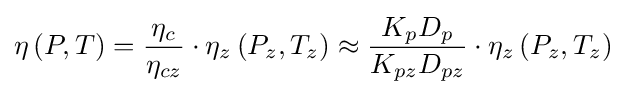
\eta \left(P,T\right)={\frac {\eta _{c}}{\eta _{cz}}}\cdot \eta _{z}\left(P_{z},T_{z}\right)\approx {\frac {K_{p}D_{p}}{K_{pz}D_{pz}}}\cdot \eta _{z}\left(P_{z},T_{z}\right)